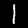
Digit: 1